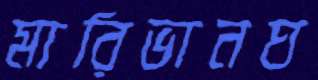
মারিভানঘ